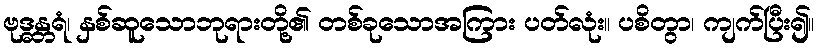
ဗုဒ္ဓန္တရံ၊ နှစ်ဆူသောဘုရားတို့၏ တစ်ခုသောအကြား ပတ်လုံး။ ပစိတွာ၊ ကျက်ပြီး၍။